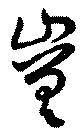
嵳